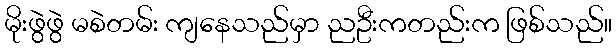
မိုးဖွဲဖွဲ မစဲတမ်း ကျနေသည်မှာ ညဦးကတည်းက ဖြစ်သည်။